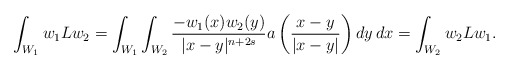
\begin{align*}\int_{W_1}w_1Lw_2=\int_{W_1}\int_{W_2}\frac{-w_1(x)w_2(y)}{|x-y|^{n+2s}}a\left(\frac{x-y}{|x-y|}\right)dy\,dx=\int_{W_2}w_2Lw_1.\end{align*}